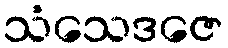
သံသေဒဇေ